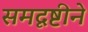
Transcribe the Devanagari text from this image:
समदृष्टीने